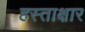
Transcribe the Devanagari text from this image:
हस्ताक्षार